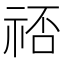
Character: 𬒷